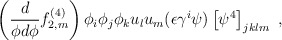
\begin{align*}\left( \frac{d}{\phi d \phi} f^{(4)}_{2,m} \right) \phi_i \phi_j \phi_k u_l u_m (\epsilon \gamma^i \psi ) \left[ \psi^4 \right]_{jklm}~,\end{align*}